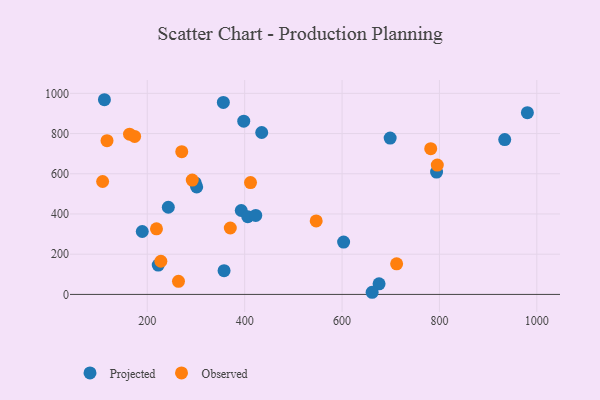
{"axis": {"x": "Distance", "y": "Demand"}, "legend": ["Observed", "Projected"], "data": [{"x": "676.0", "y": 52.8, "type": "Projected"}, {"x": "393.0", "y": 417.3, "type": "Projected"}, {"x": "398.1", "y": 861.5, "type": "Projected"}, {"x": "435.0", "y": 805.2, "type": "Projected"}, {"x": "301.5", "y": 534.6, "type": "Projected"}, {"x": "603.2", "y": 260.3, "type": "Projected"}, {"x": "356.2", "y": 955.0, "type": "Projected"}, {"x": "794.1", "y": 608.4, "type": "Projected"}, {"x": "357.7", "y": 118.1, "type": "Projected"}, {"x": "222.5", "y": 145.8, "type": "Projected"}, {"x": "406.4", "y": 386.6, "type": "Projected"}, {"x": "189.7", "y": 312.8, "type": "Projected"}, {"x": "243.2", "y": 433.5, "type": "Projected"}, {"x": "698.8", "y": 777.5, "type": "Projected"}, {"x": "112.0", "y": 968.3, "type": "Projected"}, {"x": "934.1", "y": 769.9, "type": "Projected"}, {"x": "298.6", "y": 554.3, "type": "Projected"}, {"x": "980.6", "y": 904.0, "type": "Projected"}, {"x": "422.8", "y": 393.0, "type": "Projected"}, {"x": "661.8", "y": 10.6, "type": "Projected"}, {"x": "795.6", "y": 643.3, "type": "Observed"}, {"x": "782.1", "y": 724.8, "type": "Observed"}, {"x": "292.4", "y": 568.5, "type": "Observed"}, {"x": "270.8", "y": 709.8, "type": "Observed"}, {"x": "412.0", "y": 556.4, "type": "Observed"}, {"x": "163.6", "y": 797.1, "type": "Observed"}, {"x": "546.9", "y": 365.6, "type": "Observed"}, {"x": "117.3", "y": 764.8, "type": "Observed"}, {"x": "712.1", "y": 151.9, "type": "Observed"}, {"x": "370.5", "y": 330.2, "type": "Observed"}, {"x": "218.9", "y": 326.2, "type": "Observed"}, {"x": "227.9", "y": 165.0, "type": "Observed"}, {"x": "264.1", "y": 65.1, "type": "Observed"}, {"x": "174.0", "y": 785.8, "type": "Observed"}, {"x": "108.3", "y": 561.6, "type": "Observed"}]}